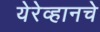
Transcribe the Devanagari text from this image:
येरेव्हानचे